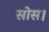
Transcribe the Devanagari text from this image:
सोस।